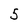
Character: 5